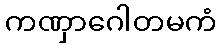
ကဏှာဂေါတမကံ